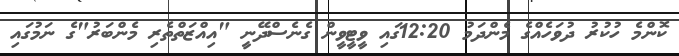
ކޮންމެ ހުކުރު ދުވަހެއްގެ މެންދަމު 12:20ގައި ވީޓީވީން ގެނެސްދޭނީ "އިއްޒަތްތެރި މެންބަރު"ގެ ނަމުގައި